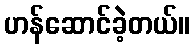
ဟန်ဆောင်ခဲ့တယ်။